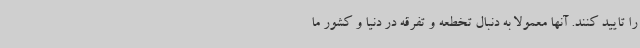
را تایید کنند. آنها معمولا به دنبال تخطعه و تفرقه در دنیا و کشور ما